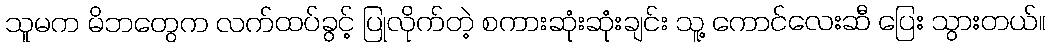
သူမက မိဘတွေက လက်ထပ်ခွင့် ပြုလိုက်တဲ့ စကားဆုံးဆုံးချင်း သူ့ ကောင်လေးဆီ ပြေး သွားတယ်။